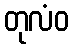
တုလံဝ